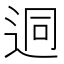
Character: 迵